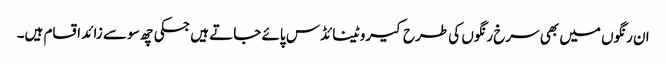
ان رنگوں میں بھی سرخ رنگوں کی طرح کیروٹینائڈس پائے جاتے ہیں جسکی چھ سو سے زائد اقسام ہیں۔